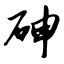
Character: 砷